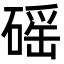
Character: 磘